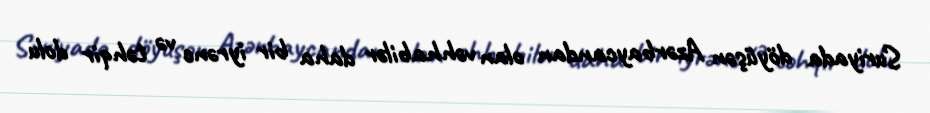
Suriyada döyüşən Azərbaycandan olan vəhhabilər daha bir iyrənc və təhqir dolu